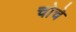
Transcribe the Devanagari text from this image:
चोचे